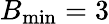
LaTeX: B_{\mathrm{min}}=3